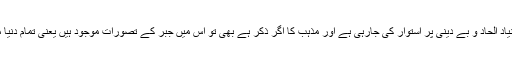
مغربی گلوبلائزیشن کی بنیاد الحاد و بے دینی پر استوار کی جارہی ہے اور مذہب کا اگر ذکر ہے بھی تو اس میں جبر کے تصورات موجود ہیں یعنی تمام دنیا میں صرف ایک مذہب ہو۔